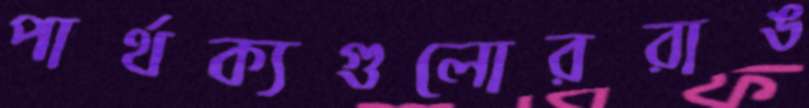
পার্থক্যগুলোররাঙ